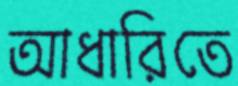
আধারিতে